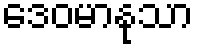
ဒေဝမာနုသာ